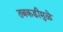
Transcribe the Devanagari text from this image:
तबकडीमुळे